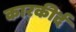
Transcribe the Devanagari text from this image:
कारकीर्द